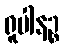
ရူပါနဉ္စ